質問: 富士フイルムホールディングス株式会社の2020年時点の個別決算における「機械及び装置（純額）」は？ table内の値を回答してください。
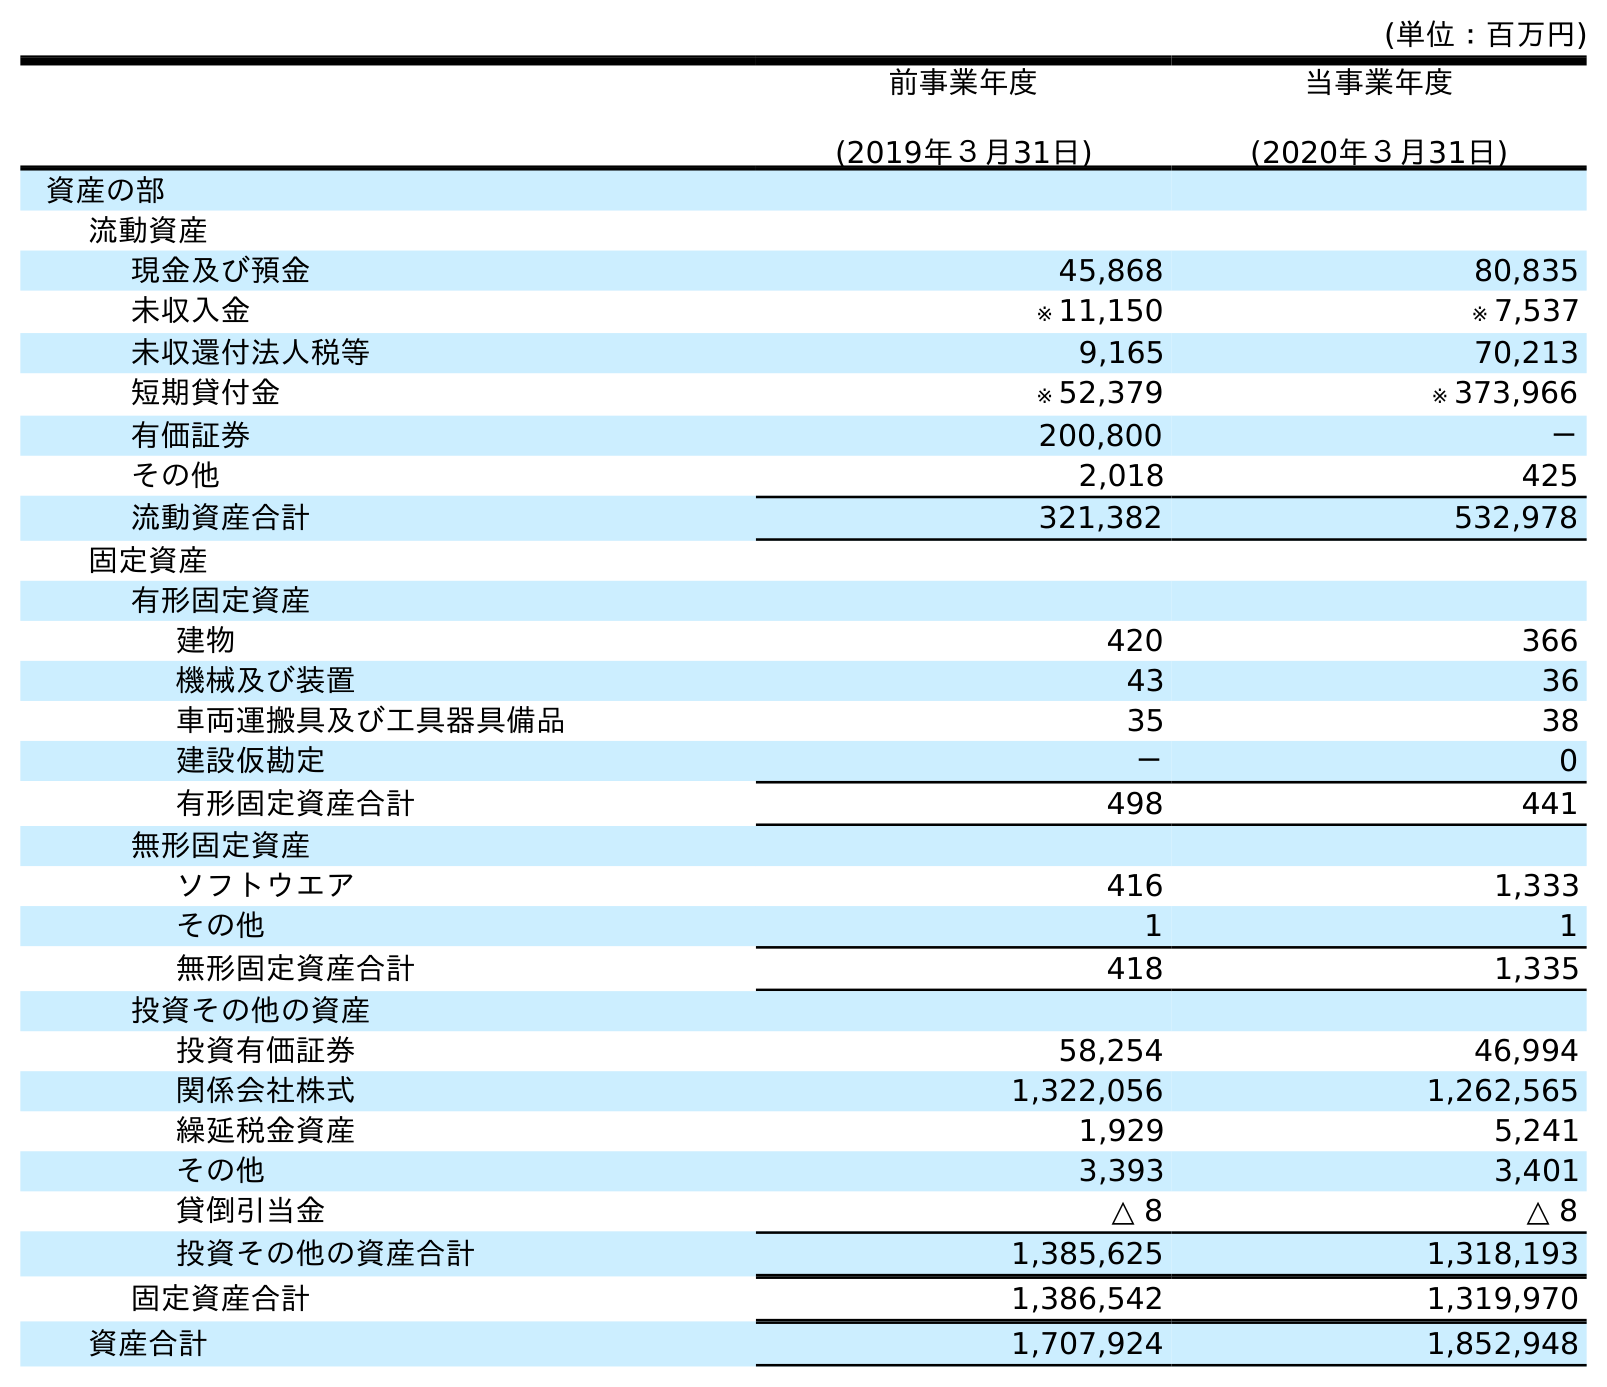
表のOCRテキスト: (単位：百万円) 前事業年度 (2019年３月31日) 当事業年度 (2020年３月31日) 資産の部 流動資産 現金及び預金 45,868 80,835 未収入金 ※ 11,150 ※ 7,537 未収還付法人税等 9,165 70,213 短期貸付金 ※ 52,379 ※ 373,966 有価証券 200,800 － その他 2,018 425 流動資産合計 321,382 532,978 固定資産 有形固定資産 建物 420 366 機械及び装置 43 36 車両運搬具及び工具器具備品 35 38 建設仮勘定 － 0 有形固定資産合計 498 441 無形固定資産 ソフトウエア 416 1,333 その他 1 1 無形固定資産合計 418 1,335 投資その他の資産 投資有価証券 58,254 46,994 関係会社株式 1,322,056 1,262,565 繰延税金資産 1,929 5,241 その他 3,393 3,401 貸倒引当金 △ 8 △ 8 投資その他の資産合計 1,385,625 1,318,193 固定資産合計 1,386,542 1,319,970 資産合計 1,707,924 1,852,948
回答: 36